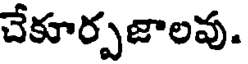
చేకూర్పజాలవు.